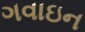
ગવાઇન